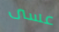
عسى